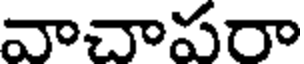
వాచాపరా